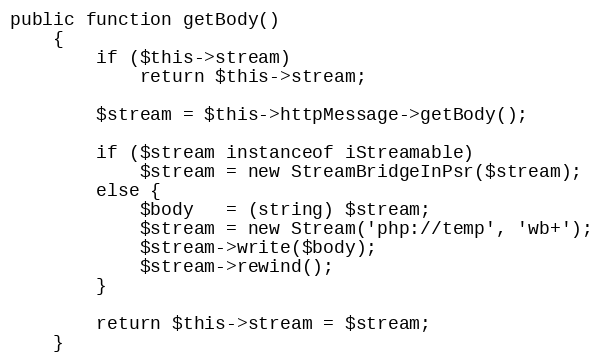
Language: PHP
public function getBody()
    {
        if ($this->stream)
            return $this->stream;

        $stream = $this->httpMessage->getBody();

        if ($stream instanceof iStreamable)
            $stream = new StreamBridgeInPsr($stream);
        else {
            $body   = (string) $stream;
            $stream = new Stream('php://temp', 'wb+');
            $stream->write($body);
            $stream->rewind();
        }

        return $this->stream = $stream;
    }